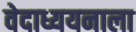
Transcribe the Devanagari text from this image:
वेदाध्ययनाला